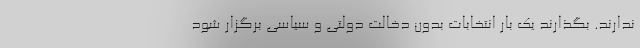
ندارند. بگذارند یک بار انتخابات بدون دخالت دولتی و سیاسی برگزار شود